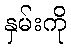
နှမ်းကို